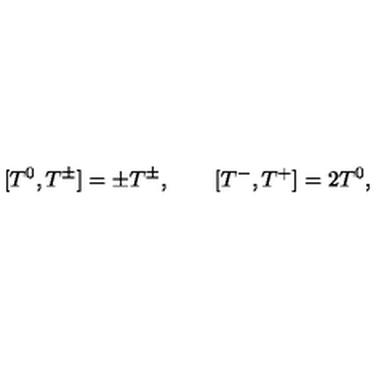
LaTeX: [ T ^ { 0 } , T ^ { \pm } ] = \pm T ^ { \pm } , \qquad [ T ^ { - } , T ^ { + } ] = 2 T ^ { 0 } , \nonumber